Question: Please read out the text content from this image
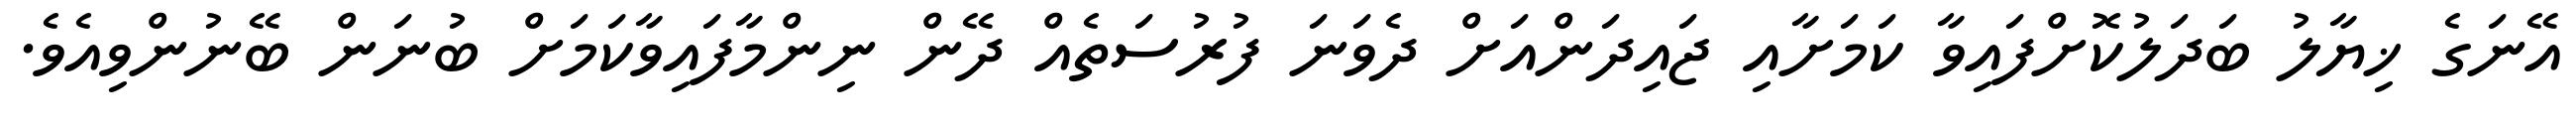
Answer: އޭނަގެ ޚިޔާލު ބަދަލުކޮށްފައިވާ ކަމަށާއި ޖައިދަންއަށް ދެވަނަ ފުރުސަތެއް ދޭން ނިންމާފައިވާކަމަށް ބުނަން ބޭނުންވިއެވެ.